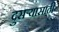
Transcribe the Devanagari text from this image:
दुसर्‍यासाठी